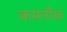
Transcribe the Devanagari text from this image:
कमनौक